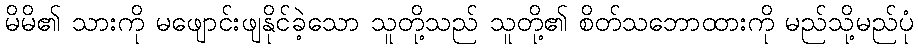
မိမိ၏ သားကို မဖျောင်းဖျနိုင်ခဲ့သော သူတို့သည် သူတို့၏ စိတ်သဘောထားကို မည်သို့မည်ပုံ